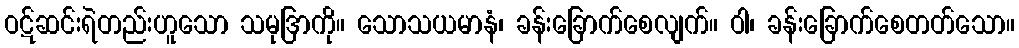
ဝဋ်ဆင်းရဲတည်းဟူသော သမုဒြာကို။ သောသယမာနံ၊ ခန်းခြောက်စေလျက်။ ဝါ၊ ခန်းခြောက်စေတတ်သော။